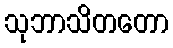
သုဘာသိတတော